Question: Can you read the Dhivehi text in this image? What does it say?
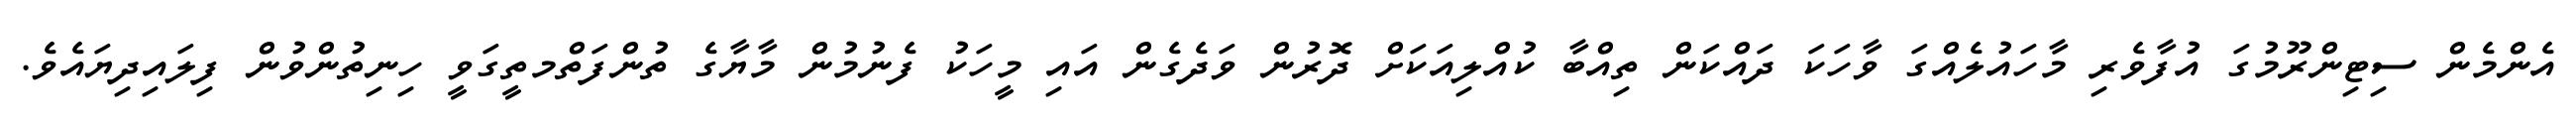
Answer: އެންމެން ސިޓިންރޫމުގަ އުފާވެރި މާހައުލެއްގަ ވާހަކަ ދައްކަން ތިއްބާ ކުއްލިއަކަށް ދޮރުން ވަދެގެން އައި މީހަކު ފެނުމުން މާޔާގެ ތުންފަތްމތީގަވީ ހިނިތުންވުން ފިލައިދިޔައެވެ.